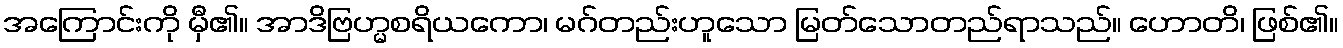
အကြောင်းကို မှီ၏။ အာဒိဗြဟ္မစရိယကော၊ မဂ်တည်းဟူသော မြတ်သောတည်ရာသည်။ ဟောတိ၊ ဖြစ်၏။